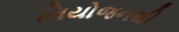
નિયોજનથી